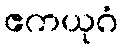
ဧကယုဂံ